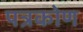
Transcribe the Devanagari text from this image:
पत्रकोण